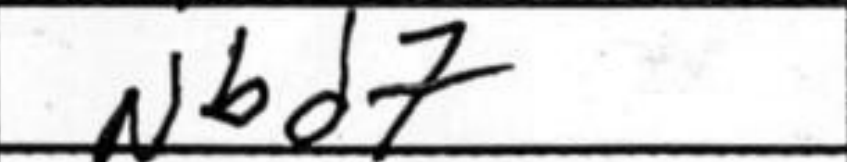
Transcription: Nbd7